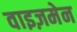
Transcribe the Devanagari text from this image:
वाइज़मेन